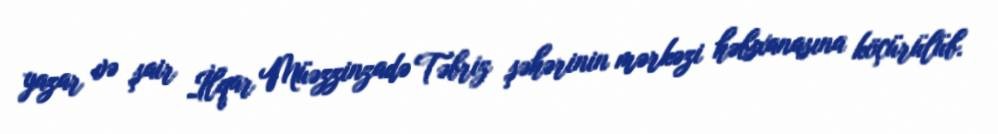
yazar və şair İlqar Müəzzinzadə Təbriz şəhərinin mərkəzi həbsxanasına köçürülüb.